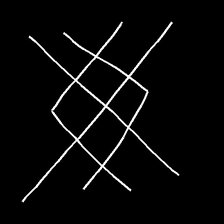
Glyph: crystal